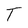
Character: T